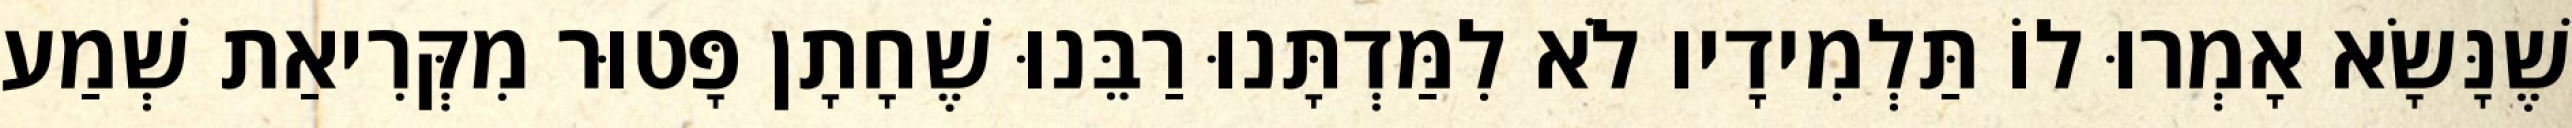
שֶׁנָּשָׂא אָמְרוּ לוֹ תַּלְמִידָיו לֹא לִמַּדְתָּנוּ רַבֵּנוּ שֶׁחָתָן פָּטוּר מִקְּרִיאַת שְׁמַע